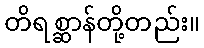
တိရစ္ဆာန်တို့တည်း။